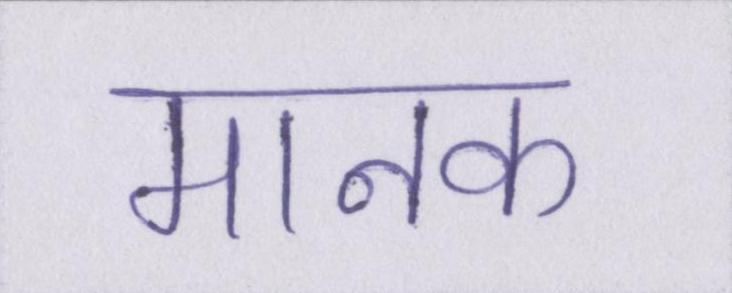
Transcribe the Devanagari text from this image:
मानक